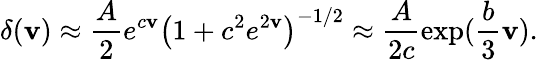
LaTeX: \delta(\mathbf{v})\approx\frac{{A}}{{2}}e^{c\mathbf{v}}\left(1+c^{2}e^{2\mathbf{v}}\right)^{-1/2}\approx\frac{{A}}{{2c}}\exp(\frac{{b}}{{3}}\mathbf{v}).